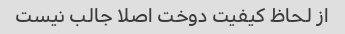
از لحاظ کیفیت دوخت اصلا جالب نیست